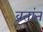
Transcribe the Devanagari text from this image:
व्रतांत